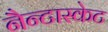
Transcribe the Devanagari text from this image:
नैन्टास्केट